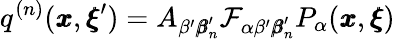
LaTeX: q^{(n)}({\pmb x},{\pmb\xi}^{\prime})=A_{\beta^{\prime}{\pmb\beta}_{n}^{\prime}}{\mathcal{F}_{\alpha\beta^{\prime}{\pmb\beta}_{n}^{\prime}}P_{\alpha}({\pmb x},{\pmb\xi})}